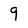
Character: 9